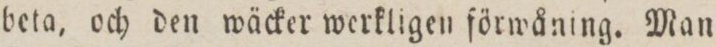
beta, och den wäcker werkligen förwåning. Man